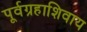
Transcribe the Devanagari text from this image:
पूर्वग्रहाशिवाय